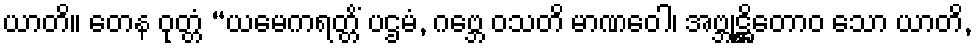
ယာတိ။ တေန ဝုတ္တံ “ယမေကရတ္တိံ ပဌမံ, ဂဗ္ဘေ ဝသတိ မာဏဝေါ၊ အဗ္ဘုဋ္ဌိတောဝ သော ယာတိ,